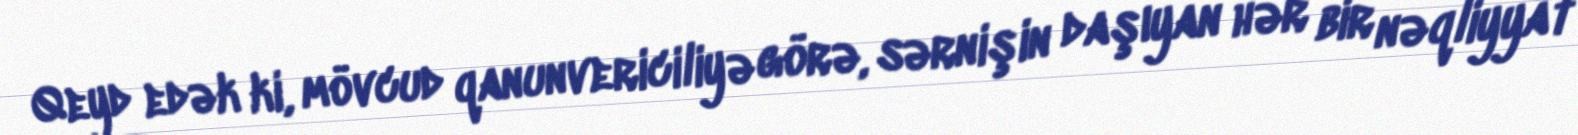
Qeyd edək ki, mövcud qanunvericiliyə görə, sərnişin daşıyan hər bir nəqliyyat